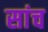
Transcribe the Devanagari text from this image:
सांच